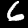
Label: 6